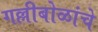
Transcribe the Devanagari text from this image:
गल्लीबोळांचे